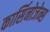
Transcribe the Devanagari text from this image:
कार्सिनोजेन्स